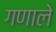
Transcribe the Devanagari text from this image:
गणाले